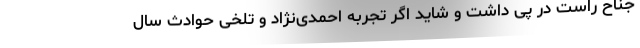
جناح راست در پی داشت و شاید اگر تجربه احمدی‌نژاد و تلخی حوادث سال‌